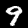
Digit: 9